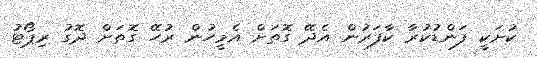
ކުށަކީ ފަންޑުކުރާ ކާފަރުން އެދޭ ގޮތަށް އެމީހުން ރުހޭ ގޮތަށް ދޮގު ރިޕޯޓު